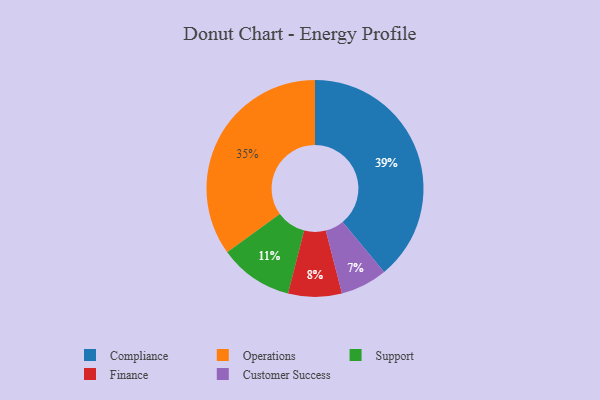
{"axis": {"x": "Category", "y": "Percentage"}, "legend": ["Compliance", "Customer Success", "Finance", "Operations", "Support"], "data": [{"x": "Compliance", "y": 39, "type": "Compliance"}, {"x": "Support", "y": 11, "type": "Support"}, {"x": "Finance", "y": 8, "type": "Finance"}, {"x": "Customer Success", "y": 7, "type": "Customer Success"}, {"x": "Operations", "y": 35, "type": "Operations"}]}